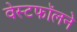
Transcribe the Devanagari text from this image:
वेस्टफॉलने